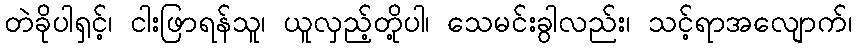
တဲခိုပါရှင့်၊ ငါးဖြာရန်သူ၊ ယူလှည့်တို့ပါ၊ သေမင်းခွါလည်း၊ သင့်ရာအလျောက်၊